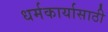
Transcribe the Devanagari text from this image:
धर्मकार्यासाठी